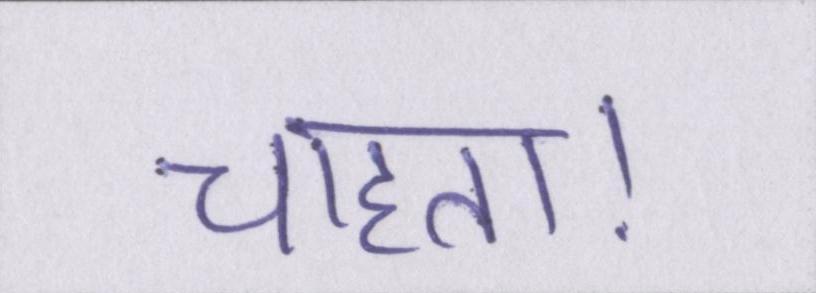
चाहता।